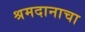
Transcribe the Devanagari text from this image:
श्रमदानाचा